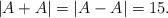
LaTeX: \begin{align*}|A+A | = |A-A | = 15.\end{align*}